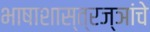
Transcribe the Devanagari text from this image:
भाषाशास्त्रज्ञांचे